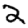
Digit: 2